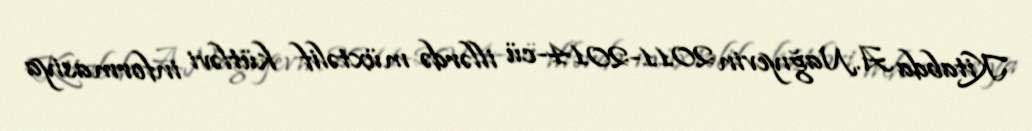
Kitabda A.Nağıyevin 2011-2014-cü illərdə müxtəlif kütləvi informasiya